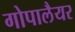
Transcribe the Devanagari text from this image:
गोपालैयर